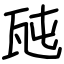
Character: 瓲